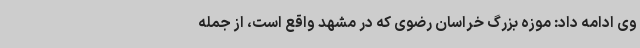
وی ادامه داد: موزه بزرگ خراسان رضوی که در مشهد واقع است، از جمله